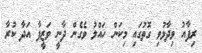
ރިފާއު ވިދާޅުވި ގޮތުގައި މިކަން ހައްލު ވެގެން ދާނީ ވަޒީފާ އަދާ ކުރާ